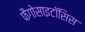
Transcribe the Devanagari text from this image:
फैगोसाइटॉसिस